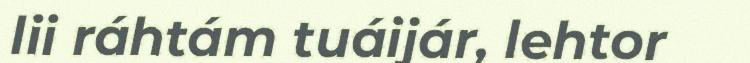
lii ráhtám tuáijár, lehtor